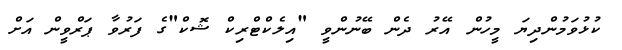
ކުޅުވަމުންދިޔަ މީހުން އޭރު ދެން ބޭނުންވީ "އިލެކްޓްރިކް ޝޮކް"ގެ ފަރުވާ ޕަރްވީން އަށް